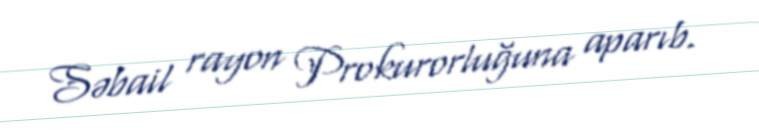
Səbail rayon Prokurorluğuna aparıb.